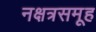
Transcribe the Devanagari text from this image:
नक्षत्रसमूह